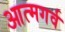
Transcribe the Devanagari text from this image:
आत्मगर्व